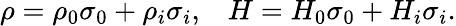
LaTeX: \rho=\rho_{0}\sigma_{0}+\rho_{i}\sigma_{i},\; \; \; H=H_{0}\sigma_{0}+H_{i}\sigma_{i}.